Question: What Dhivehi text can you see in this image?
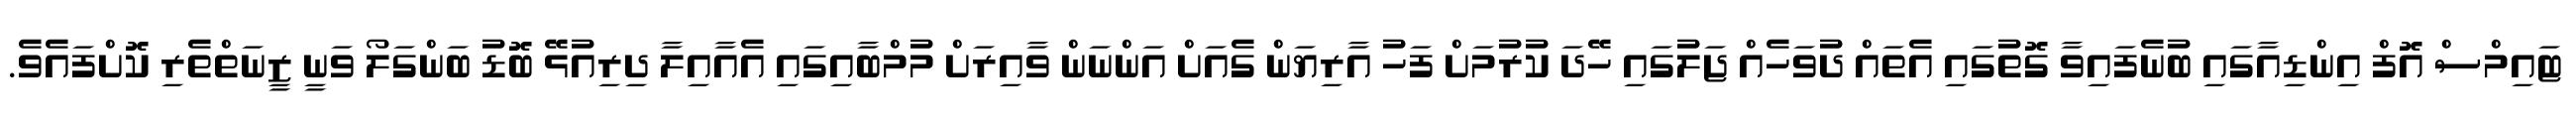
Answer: ޓައިމްސް އޮފް އިންޑިއާގައި ބުނެފައިވާ ގޮތުގައި އެތައް ދުވަހެއް ޖަލުގައި ހޭދަ ކުރުމަށް ފަހު އާރިޔަން ގެއަށް އަންނަން ވާއިރަށް މުމްބާއިގައި އެއާއިލާ ދިރިއުޅޭ ބޮޑު ބަންގަލޯ ވަނީ ޒީނަތްތެރި ކޮށްފައެވެ.